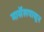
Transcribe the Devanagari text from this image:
मार्सेलपासून